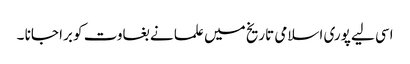
اسی لیے پوری اسلامی تاریخ میں علما نے بغاوت کو برا جانا ۔